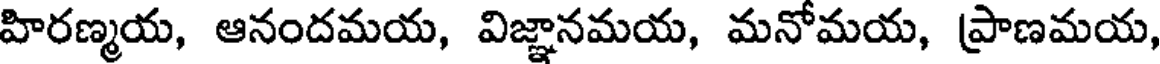
హిరణ్మయ, ఆనందమయ, విజ్ఞానమయ, మనోమయ, ప్రాణమయ,